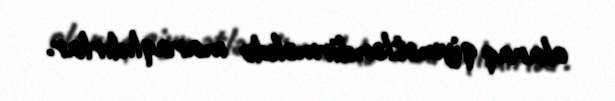
olaraq qiymətləndirməkdə maraqlıdırlar.